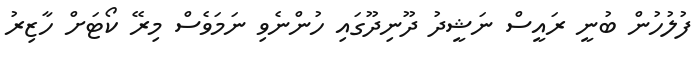
ފުލުހުން ބުނީ ރައީސް ނަޝީދު ދޫނިދޫގައި ހުންނެވި ނަމަވެސް މިރޭ ކޯޓަށް ހާޒިރު